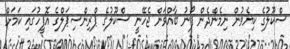
ސްކޫލުގެ ކިޔެވުން ނިމެންދެން ފޯނު ބާއްވަން ޖެހޭނީ ސްކޫލުގެ ޕްރިންސިޕަލްގެ އޮފީހުގައި ކަމަށް